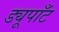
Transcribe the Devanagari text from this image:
ड्यूपाँट